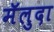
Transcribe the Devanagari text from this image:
मॅलुदा